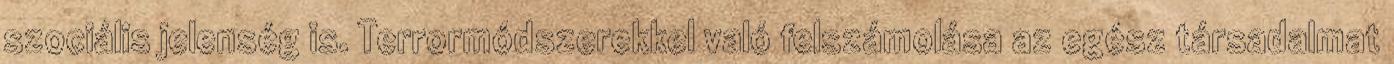
szociális jelenség is. Terrormódszerekkel való felszámolása az egész társadalmat